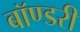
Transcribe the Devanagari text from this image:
बॉण्डरी